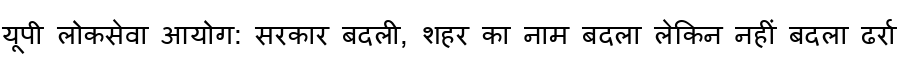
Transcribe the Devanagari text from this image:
यूपी लोकसेवा आयोग: सरकार बदली, शहर का नाम बदला लेकिन नहीं बदला ढर्रा